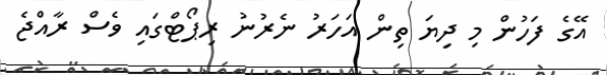
އޭގެ ފަހުން މި ދިޔަ ތިން އަހަރު ނެރުނު ރިޕޯޓްގައި ވެސް ރާއްޖެ